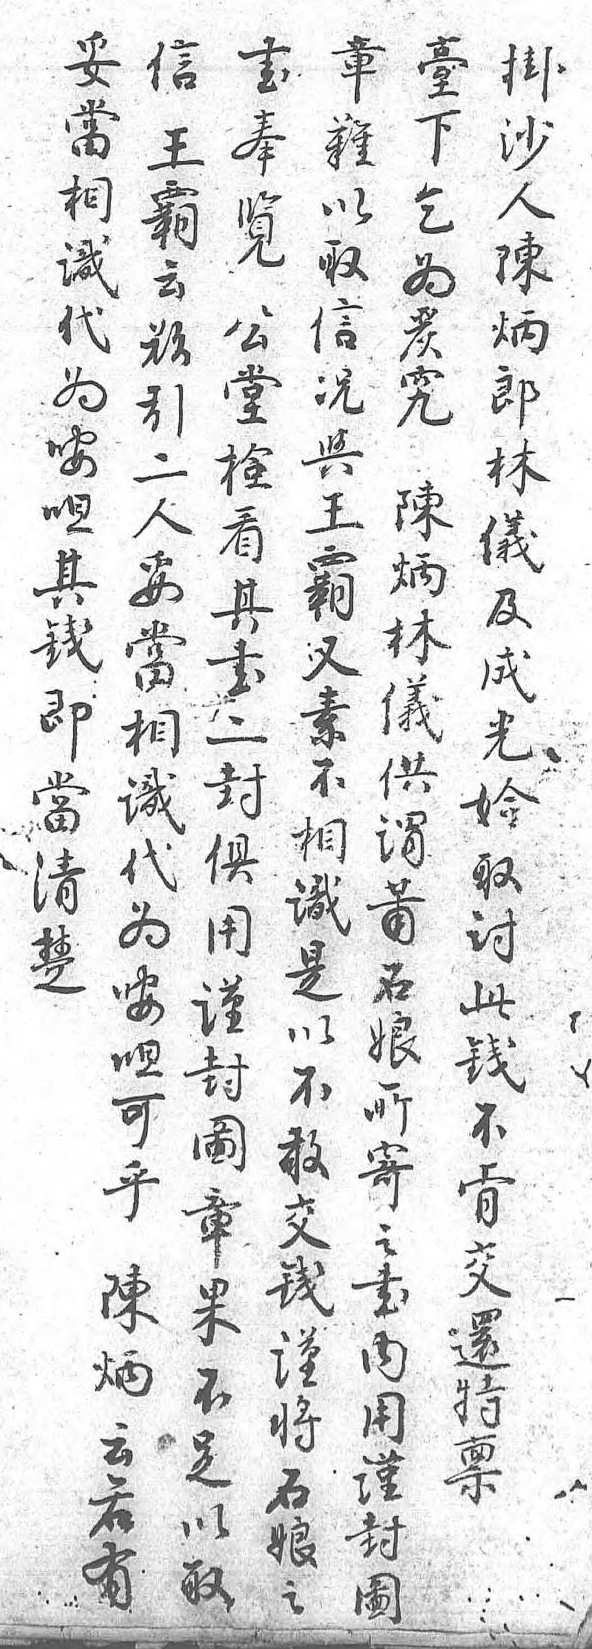
臺妥書信掛章下當奉王沙難乞相覽霸人以爲識公云陳取嚴代堂欲炳信究爲檢引郎况 咹看二林與陳呾其人儀王炳其書妥及霸林錢二當成又儀即封相光素供當俱識妗不謂清用代取相莆楚謹爲討識石 封咹此是娘 圖呾錢以所 章可不不寄 果乎肯敢之 不陳交交書 足炳還錢内 以云特謹用 取若禀將謹  有 石封    娘圖    之